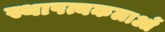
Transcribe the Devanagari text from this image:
स्थापत्यकलाओं